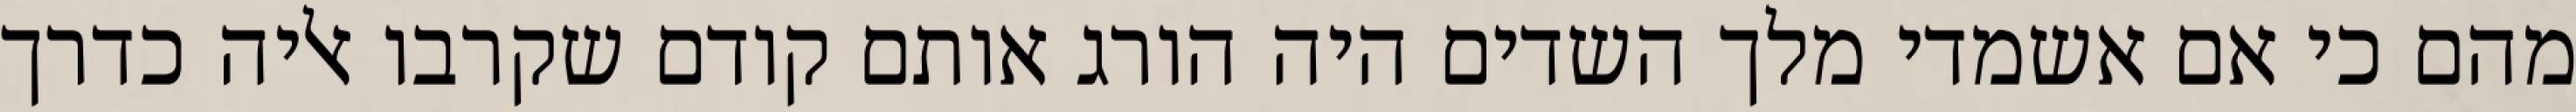
מהם כי אם אשמדי‏ מלך השדים היה הורג אותם קודם שקרבו אליה כדרך